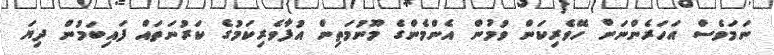
ނަމަވެސް އަހަރެންނަށް ހޭވެރިކަން ވުމުން އެންމެންގެ މޫނުމަތިން އުފާވެރިކަމުގެ ކަރުނަތައް ފައިބަމުން ދިޔަ